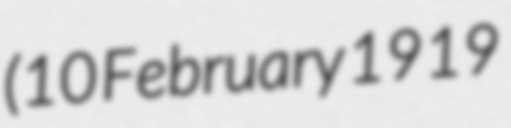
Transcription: (10 February 1919